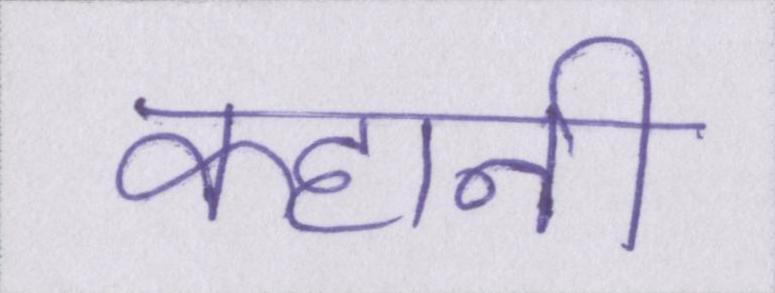
कहानी